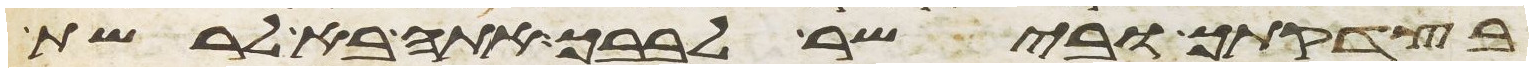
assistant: בצדקתך ובישר לבבך אתה בא לרשת